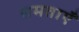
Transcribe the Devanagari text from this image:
समताएँ